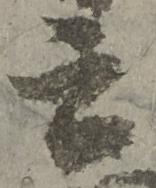
云